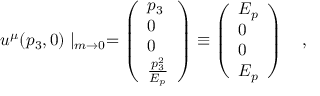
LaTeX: u ^ { \mu } ( p _ { 3 } , 0 ) \mid _ { m \rightarrow 0 } = \left( \begin{array} { l } { { p _ { 3 } } } \\ { { 0 } } \\ { { 0 } } \\ { { { \frac { p _ { 3 } ^ { 2 } } { E _ { p } } } } } \end{array} \right) \equiv \left( \begin{array} { l } { { E _ { p } } } \\ { { 0 } } \\ { { 0 } } \\ { { E _ { p } } } \end{array} \right) \quad ,